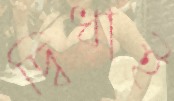
দ্বিধাই